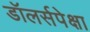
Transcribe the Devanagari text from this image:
डॉलर्सपेक्षा